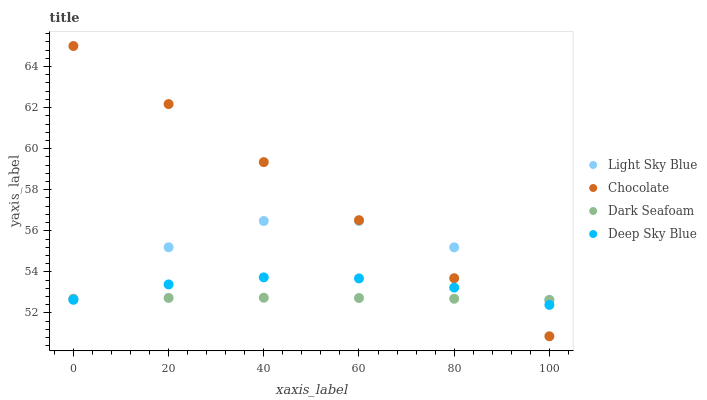
| xaxis_label | Light Sky Blue | Chocolate | Dark Seafoam | Deep Sky Blue |
 | --- | --- | --- | --- | --- |
 | 0 | 52.6 | 65 | 52.7 | 52.6 |
 | 20 | 55.2 | 62.2 | 52.7 | 53.4 |
 | 40 | 56.5 | 59.3 | 52.7 | 53.7 |
 | 60 | 56.5 | 56.5 | 52.7 | 53.7 |
 | 80 | 55.2 | 53.7 | 52.7 | 53.2 |
 | 100 | 52.6 | 50.9 | 52.6 | 52.4 |